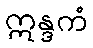
ဣန္ဒကံ